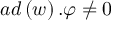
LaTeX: a d \left( w \right) . \varphi \neq 0